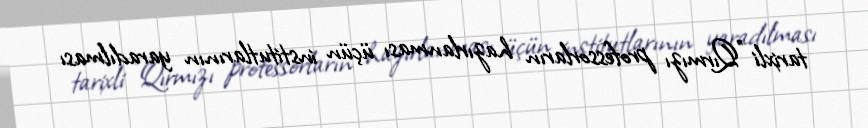
tarixli "Qırmızı professorların hazırlanması üçün institutlarının yaradılması